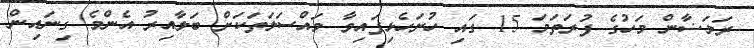
ރަމަޟާން މަހުގެ ފުރަތަމަ 15 ގައި ހުށަހެޅިފައިވާ މައްސަލަތަކަށް ބަލާއިރު އެންމެ ގިނައިން